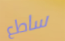
ساطع